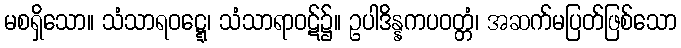
မစရှိသော။ သံသာရဝဋ္ဋေ၊ သံသာရာဝဋ်၌။ ဥပါဒိန္နကပဝတ္တံ၊ အဆက်မပြတ်ဖြစ်သော